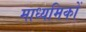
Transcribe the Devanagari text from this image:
माध्यमिकों